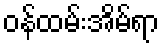
ဝန်ထမ်းအိမ်ရာ